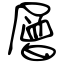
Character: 層